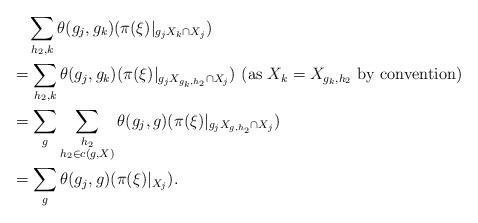
LaTeX: \begin{align*}&\quad\sum_{h_2, k}\theta(g_j, g_k)(\pi(\xi)|_{g_jX_k\cap X_j})\\&=\sum_{h_2, k}\theta(g_j, g_k)(\pi(\xi)|_{g_jX_{g_k, h_2}\cap X_j})~(\mbox{as $X_k=X_{g_k, h_2}$ by convention})\\&=\sum_{g}\sum_{\substack{h_2\\h_2\in c(g, X)}}\theta(g_j, g)(\pi(\xi)|_{g_jX_{g, h_2}\cap X_j})\\&=\sum_g\theta(g_j, g)(\pi(\xi)|_{X_j}).\end{align*}